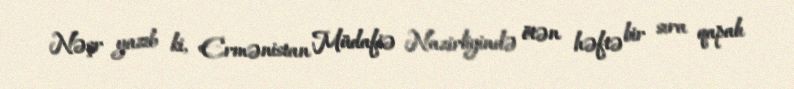
Nəşr yazıb ki, Ermənistan Müdafiə Nazirliyində ötən həftə bir sıra qapalı